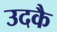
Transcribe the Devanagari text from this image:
उदकै